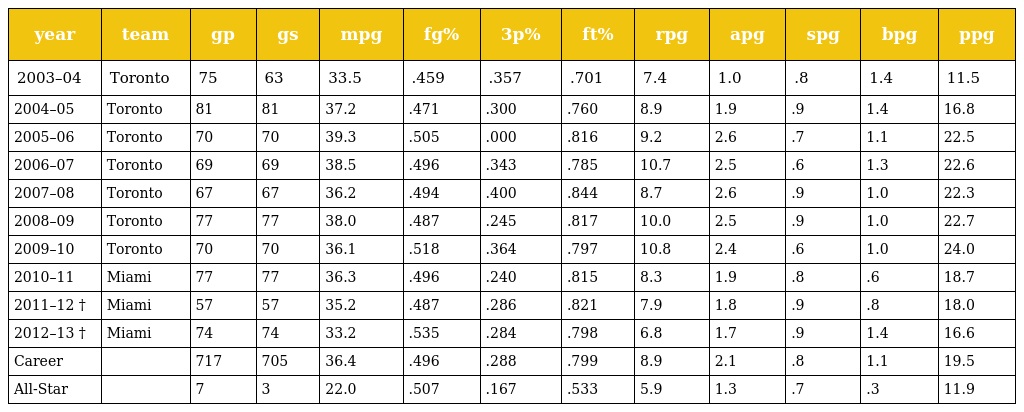
| year | team | gp | gs | mpg | fg% | 3p% | ft% | rpg | apg | spg | bpg | ppg |
 | --- | --- | --- | --- | --- | --- | --- | --- | --- | --- | --- | --- | --- |
 | 2003–04 | Toronto | 75 | 63 | 33.5 | .459 | .357 | .701 | 7.4 | 1.0 | .8 | 1.4 | 11.5 |
 | 2004–05 | Toronto | 81 | 81 | 37.2 | .471 | .300 | .760 | 8.9 | 1.9 | .9 | 1.4 | 16.8 |
 | 2005–06 | Toronto | 70 | 70 | 39.3 | .505 | .000 | .816 | 9.2 | 2.6 | .7 | 1.1 | 22.5 |
 | 2006–07 | Toronto | 69 | 69 | 38.5 | .496 | .343 | .785 | 10.7 | 2.5 | .6 | 1.3 | 22.6 |
 | 2007–08 | Toronto | 67 | 67 | 36.2 | .494 | .400 | .844 | 8.7 | 2.6 | .9 | 1.0 | 22.3 |
 | 2008–09 | Toronto | 77 | 77 | 38.0 | .487 | .245 | .817 | 10.0 | 2.5 | .9 | 1.0 | 22.7 |
 | 2009–10 | Toronto | 70 | 70 | 36.1 | .518 | .364 | .797 | 10.8 | 2.4 | .6 | 1.0 | 24.0 |
 | 2010–11 | Miami | 77 | 77 | 36.3 | .496 | .240 | .815 | 8.3 | 1.9 | .8 | .6 | 18.7 |
 | 2011–12 † | Miami | 57 | 57 | 35.2 | .487 | .286 | .821 | 7.9 | 1.8 | .9 | .8 | 18.0 |
 | 2012–13 † | Miami | 74 | 74 | 33.2 | .535 | .284 | .798 | 6.8 | 1.7 | .9 | 1.4 | 16.6 |
 | Career |  | 717 | 705 | 36.4 | .496 | .288 | .799 | 8.9 | 2.1 | .8 | 1.1 | 19.5 |
 | All-Star |  | 7 | 3 | 22.0 | .507 | .167 | .533 | 5.9 | 1.3 | .7 | .3 | 11.9 |